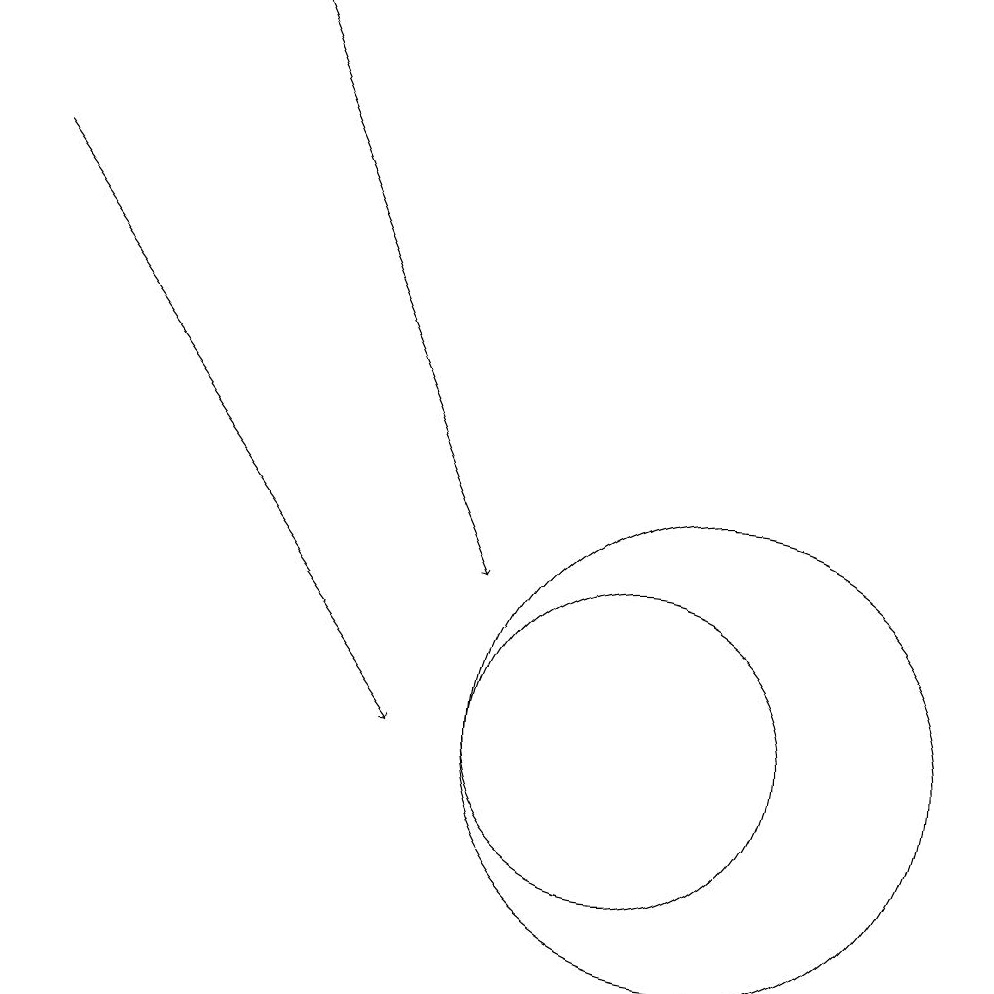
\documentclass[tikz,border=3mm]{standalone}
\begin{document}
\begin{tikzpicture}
\draw (10,10) circle (2);
\draw[->] (2,17) -- (7,10);
\draw (11,10) circle (3);
\draw[->] (5,19) -- (8,12);
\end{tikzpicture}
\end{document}